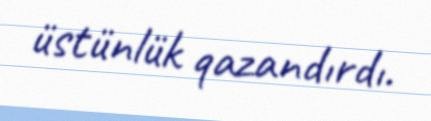
üstünlük qazandırdı.